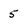
Character: 5